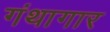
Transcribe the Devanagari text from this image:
गंथागार